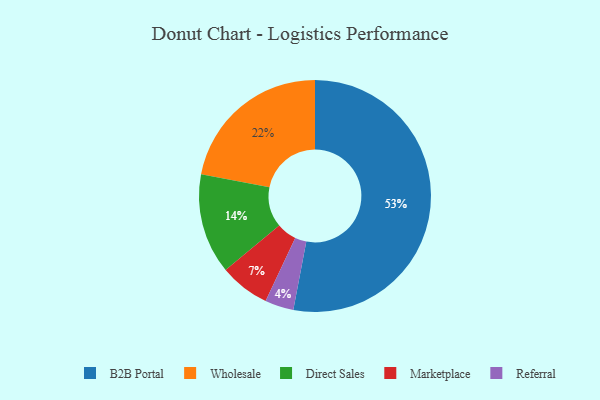
{"axis": {"x": "Category", "y": "Percentage"}, "legend": ["B2B Portal", "Direct Sales", "Marketplace", "Referral", "Wholesale"], "data": [{"x": "Wholesale", "y": 22, "type": "Wholesale"}, {"x": "B2B Portal", "y": 53, "type": "B2B Portal"}, {"x": "Referral", "y": 4, "type": "Referral"}, {"x": "Direct Sales", "y": 14, "type": "Direct Sales"}, {"x": "Marketplace", "y": 7, "type": "Marketplace"}]}